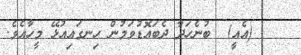
١١    (އެއީ)  ބުނެހަދާ ދެބައޮޑުވަމުން ހިނގައިއުޅޭ މީހާއެވެ.